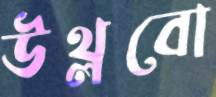
উথ্‌লবো